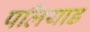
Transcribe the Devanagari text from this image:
पलियाड